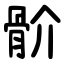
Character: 骱